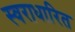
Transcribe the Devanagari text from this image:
स्वराधारित